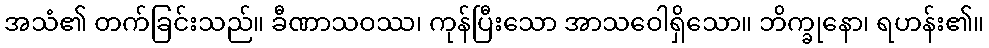
အသံ၏ တက်ခြင်းသည်။ ခီဏာသဝဿ၊ ကုန်ပြီးသော အာသဝေါရှိသော။ ဘိက္ခုနော၊ ရဟန်း၏။